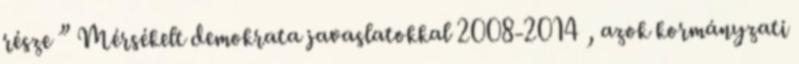
része ” Mérsékelt demokrata javaslatokkal 2008-2014 , azok kormányzati